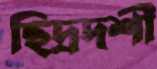
ছিদ্রদর্শী